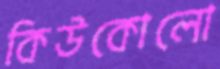
কিউকোলো